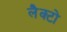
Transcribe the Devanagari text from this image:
लैक्टो